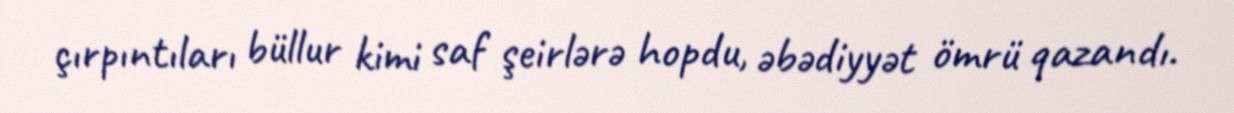
çırpıntıları büllur kimi saf şeirlərə hopdu, əbədiyyət ömrü qazandı.